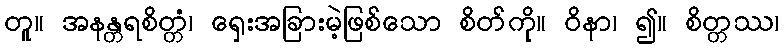
တူ။ အနန္တရစိတ္တံ၊ ရှေးအခြားမဲ့ဖြစ်သော စိတ်ကို။ ဝိနာ၊ ၍။ စိတ္တဿ၊